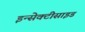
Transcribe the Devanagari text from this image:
इन्सेक्टीसाइड